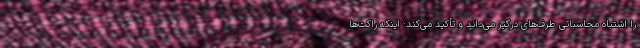
را اشتباه محاسباتی طرف‌های درگیر می‌داند و تأکید می‌کند: اینکه راکت‌ها